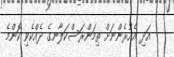
އަދި އެއުރެންނަށް ތިމަންރަސްކަލާނގެ ދެއްކެވި ކޮންމެ